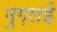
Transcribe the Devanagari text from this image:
मुग़लई